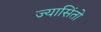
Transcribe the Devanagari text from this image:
ज्यासिंतो